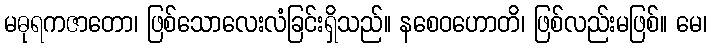
မဓုရကဇာတော၊ ဖြစ်သောလေးလံခြင်းရှိသည်။ နစေဝဟောတိ၊ ဖြစ်လည်းမဖြစ်။ မေ၊